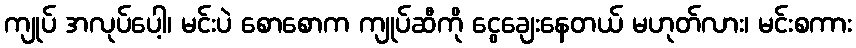
ကျုပ် အလုပ်ပေါ့၊ မင်းပဲ စောစောက ကျုပ်ဆီကို ငွေချေးနေတယ် မဟုတ်လား၊ မင်းစကား